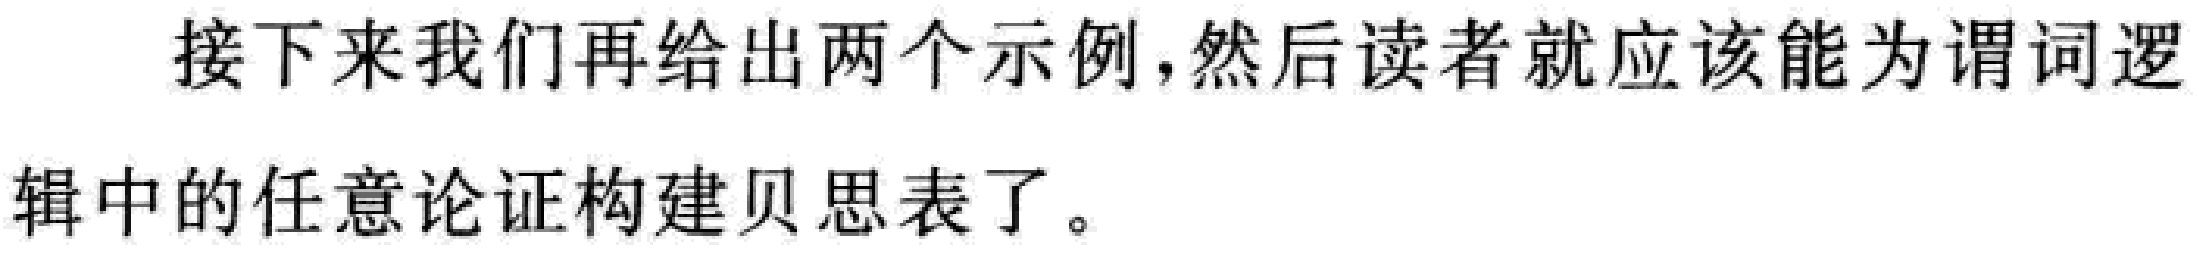
接下来我们再给出两个示例,然后读者就应该能为谓词逻辑中的任意论证构建贝思表了。